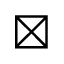
\boxtimes